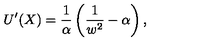
U ^ { \prime } ( X ) = \frac 1 \alpha \left( \frac 1 { w ^ { 2 } } - \alpha \right) ,